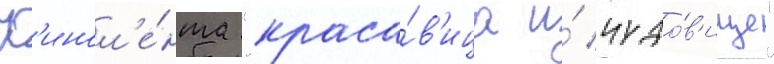
К'инол'е́нта "краса́в'ица и́ чудо́в'ище"